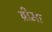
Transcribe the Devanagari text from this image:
ब्रीमा